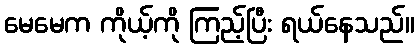
မေမေက ကိုယ့်ကို ကြည့်ပြီး ရယ်နေသည်။